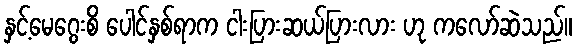
နှင့်မေဂွေးစိ ပေါင်နှစ်ရာက ငါးပြားဆယ်ပြားလား ဟု ကလော်ဆဲသည်။